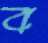
ব